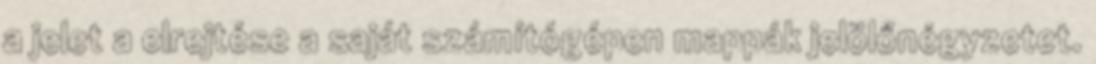
a jelet a elrejtése a saját számítógépen mappák jelölőnégyzetet.